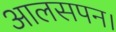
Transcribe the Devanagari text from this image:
आलसपन।